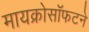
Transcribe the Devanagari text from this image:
मायक्रोसॉफटने